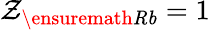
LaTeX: \mathcal{Z}_{\ensuremath{{\mathit{{Rb}}}}}=1